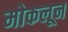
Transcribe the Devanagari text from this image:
मोकलून